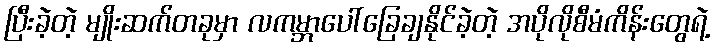
ပြီးခဲ့တဲ့ မျိုးဆက်တခုမှာ လကမ္ဘာပေါ်ခြေချနိုင်ခဲ့တဲ့ အပိုလိုစီမံကိန်းတွေရဲ့